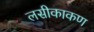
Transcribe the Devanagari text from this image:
लसीकाकण